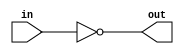
module not_gate(in, out); // module_name(inputs, outputs)

// Defining input output and wires
input in;
output out;

// Define circuit functionality
assign out = ~in;
endmodule